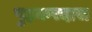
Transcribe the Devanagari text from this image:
पुहकरदास